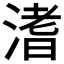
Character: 𣹡